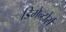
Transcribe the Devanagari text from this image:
डिमेन्टोर्स